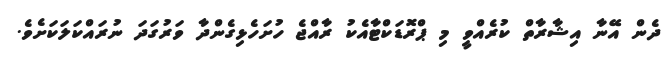
ދެން އޭނާ އިޝާރާތް ކުރެއްވީ މި ޕްރޮޑަކްޓާއެކު ރާއްޖެ ހުށަހެޅިގެންދާ ވަރުގަދަ ނުރައްކަލަކަށެވެ.